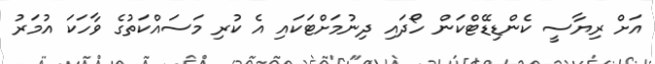
އަށް ރިޔާސީ ކެންޑިޑޭޓްކަން ހޯދައި ދިނުމަށްޓަކައި އެ ކުރި މަސައްކަތުގެ ވާހަކަ އުމަރު